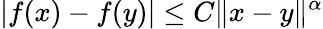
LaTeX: |f(x)-f(y)|\leq C\| x-y\| ^{\alpha}